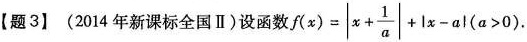
【题3】(2014年新课标全国Ⅱ)设函数 $$f(x)=|x+ \frac{1}{a}|+|x-a|(a>0)$$.